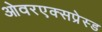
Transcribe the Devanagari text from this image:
ओवरएक्सप्रेस्ड